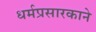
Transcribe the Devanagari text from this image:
धर्मप्रसारकाने